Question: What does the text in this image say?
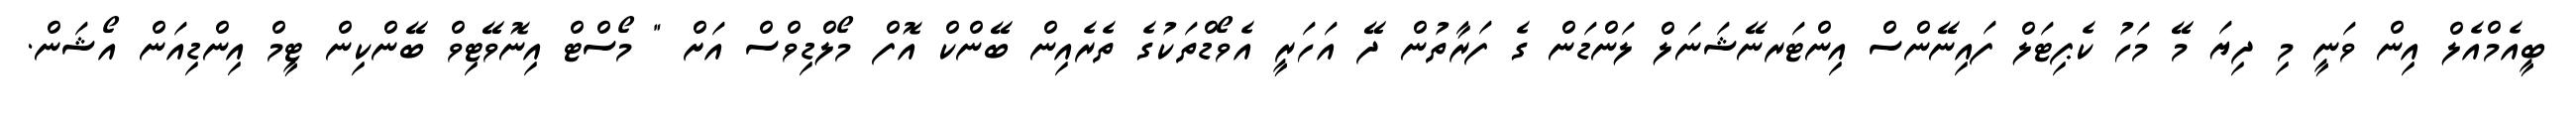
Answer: ބީއެމްއެލް އިން ވަނީ މި ދިޔަ މޭ މަހު ކެޕިޓަލް ފައިނޭންސް އިންޓަރނޭޝަނަލް ލަންޑަން ގެ ފަރާތުން ދޭ އަހަރީ އެވޯޑްތަކުގެ ތެރެއިން ބޭންކް އޮފް މޯލްޑިވްސް އަށް " މޯސްޓް އިނޮވޭޓިވް ބޭންކިން ޓީމް އިންޑިއަން އޯޝަން.